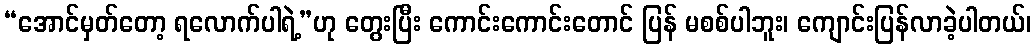
“အောင်မှတ်တော့ ရလောက်ပါရဲ့”ဟု တွေးပြီး ကောင်းကောင်းတောင် ပြန် မစစ်ပါဘူး၊ ကျောင်းပြန်လာခဲ့ပါတယ်၊